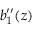
b _ { 1 } ^ { \prime \prime } ( z )